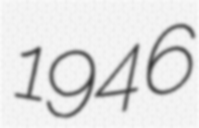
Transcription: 1946